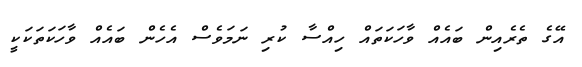
އޭގެ ތެރެއިން ބައެއް ވާހަކަތައް ހިއްސާ ކުރި ނަމަވެސް އެހެން ބައެއް ވާހަކަތަކަކީ